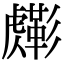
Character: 𧈎